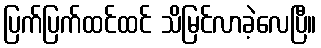
ပြက်ပြက်ထင်ထင် သိမြင်လာခဲ့လေပြီ။